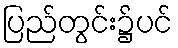
ပြည်တွင်း၌ပင်